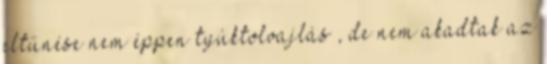
eltűnése nem éppen tyúktolvajlás , de nem akadtak az